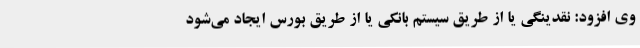
وی افزود: نقدینگی یا از طریق سیستم بانکی یا از طریق بورس ایجاد می‌شود